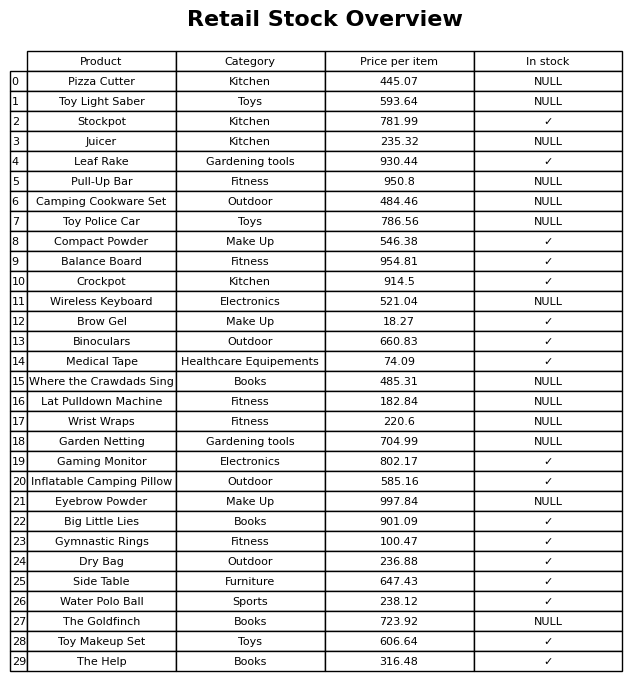
question: What is the price for Garden Netting?
answer: The price of Garden Netting is 704.99.